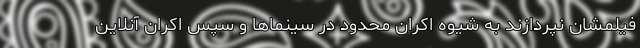
فیلمشان نپردازند به شیوه اکران محدود در سینماها و سپس اکران آنلاین